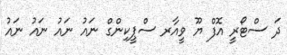
ދަ ސްޓޯރީ އޮފް ޔޫ ވީއާރ ސްޕީކިންގް ނައު ނައު ނަައު ނައު